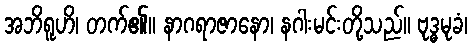
အဘိရူဟိ၊ တက်၏။ နာဂရာဇာနော၊ နဂါးမင်းတို့သည်။ ဗုဒ္ဓမုခံ၊